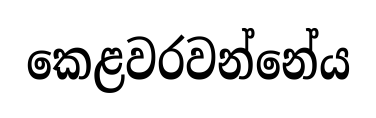
කෙළවරවන්නේය